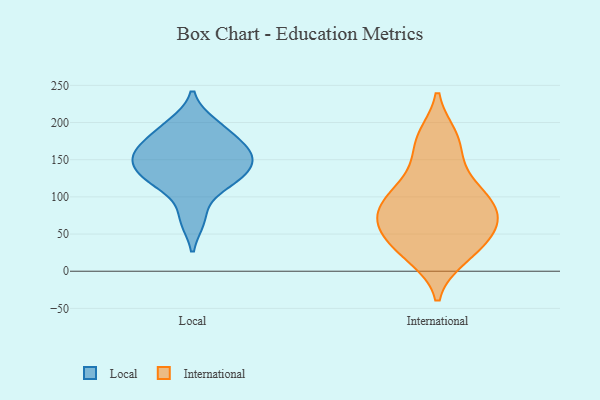
{"axis": {"x": "Temperature (°C)", "y": "Value"}, "legend": ["International", "Local"], "data": [{"x": "", "y": 70, "type": "Local"}, {"x": "", "y": 187, "type": "Local"}, {"x": "", "y": 132, "type": "Local"}, {"x": "", "y": 154, "type": "Local"}, {"x": "", "y": 165, "type": "Local"}, {"x": "", "y": 119, "type": "Local"}, {"x": "", "y": 198, "type": "Local"}, {"x": "", "y": 147, "type": "Local"}, {"x": "", "y": 121, "type": "Local"}, {"x": "", "y": 161, "type": "Local"}, {"x": "", "y": 148, "type": "International"}, {"x": "", "y": 113, "type": "International"}, {"x": "", "y": 22, "type": "International"}, {"x": "", "y": 76, "type": "International"}, {"x": "", "y": 84, "type": "International"}, {"x": "", "y": 44, "type": "International"}, {"x": "", "y": 69, "type": "International"}, {"x": "", "y": 181, "type": "International"}, {"x": "", "y": 107, "type": "International"}, {"x": "", "y": 103, "type": "International"}, {"x": "", "y": 19, "type": "International"}, {"x": "", "y": 40, "type": "International"}, {"x": "", "y": 74, "type": "International"}, {"x": "", "y": 178, "type": "International"}, {"x": "", "y": 59, "type": "International"}]}